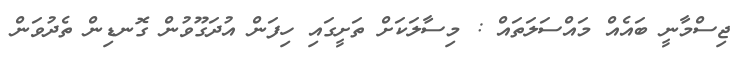
ޖިސްމާނީ ބައެއް މައްސަލަތައް : މިސާލަކަށް ތަށީގައި ހިފަން އުދަގޫވުން ގޮނޑިން ތެދުވަން